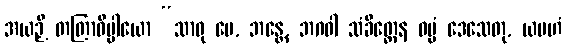
အယဉှိ တတြာဓိပ္ပါယော “သာဓု မေ, ဘန္တေ, ဘဂဝါ သံခိတ္တေန ဓမ္မံ ဒေသေတု, ယမဟံ